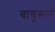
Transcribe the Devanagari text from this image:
वायुस्तर